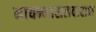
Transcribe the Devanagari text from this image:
नायन्मारालवाराश्च